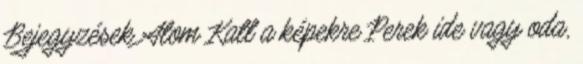
Bejegyzések Atom Katt a képekre Perek ide vagy oda,